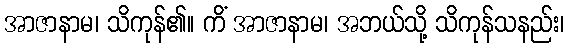
အာဇာနာမ၊ သိကုန်၏။ ကိံ အာဇာနာမ၊ အဘယ်သို့ သိကုန်သနည်း၊